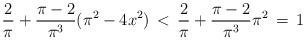
LaTeX: \begin{align*}\frac{2}{\pi} + \frac{\pi-2}{\pi^{3}}(\pi^{2}-4x^{2})\, < \,\frac{2}{\pi} + \frac{\pi -2}{\pi^{3}}\pi^{2}\, = \,1\end{align*}